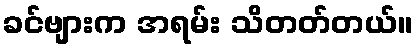
ခင်ဗျားက အရမ်း သိတတ်တယ်။